Quinine and its salts - Number 41
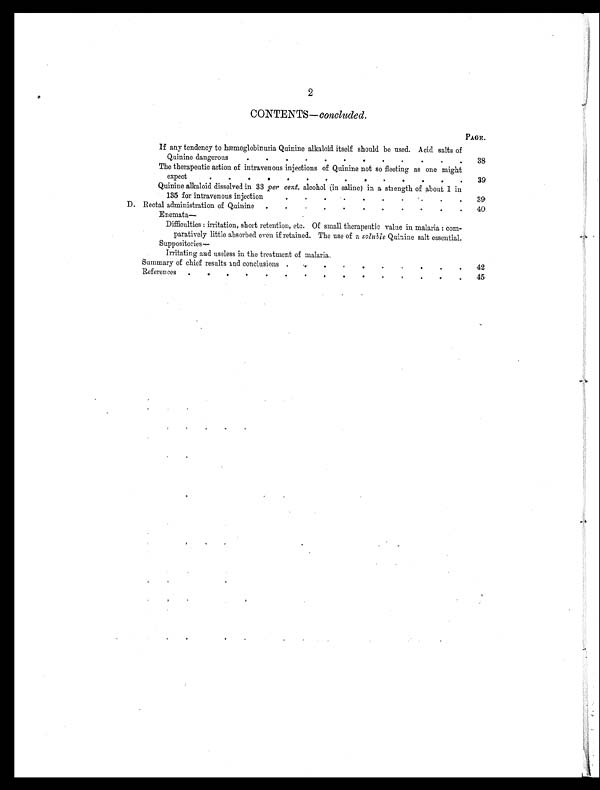
2
CONTENTS— concluded .
PAGE.
If any tendency to hæmoglobinuria Quinine alkaloid itself should be used. Acid salts of
Quinine dangerous
.
. 38
The therapeutic action of intravenous injections of Quinine not so fleeting as one might
expect
.
.
.
.
.
.
.
39
Quinine alkaloid dissolved in 33 per cent. alcohol (in saline) in a strength of about 1 in
135 for intravenous injection
.
.
.
.
.
3 9
D. Rect al admi ni st r at i on of Qui ni ne
.
.
.
40
Enemata—
Difficulties: irritation, short retention, etc. Of small therapeutic value in malaria: com-
paratively little absorbed even if retained. The use of a soluble Quinine salt essential.
Suppositories —
Irritating and useless in the treatment of malaria.
Summary of chief results and conclusions . .
.
.
42
References .
.
.
.
.
.
45